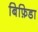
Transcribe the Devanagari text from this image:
बिफ़िडा